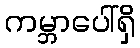
ကမ္ဘာပေါ်ရှိ